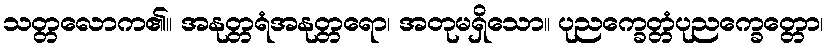
သတ္တလောက၏။ အနုတ္တရံအနုတ္တရော၊ အတုမရှိသော။ ပုညက္ခေတ္တံပုညက္ခေတ္တော၊